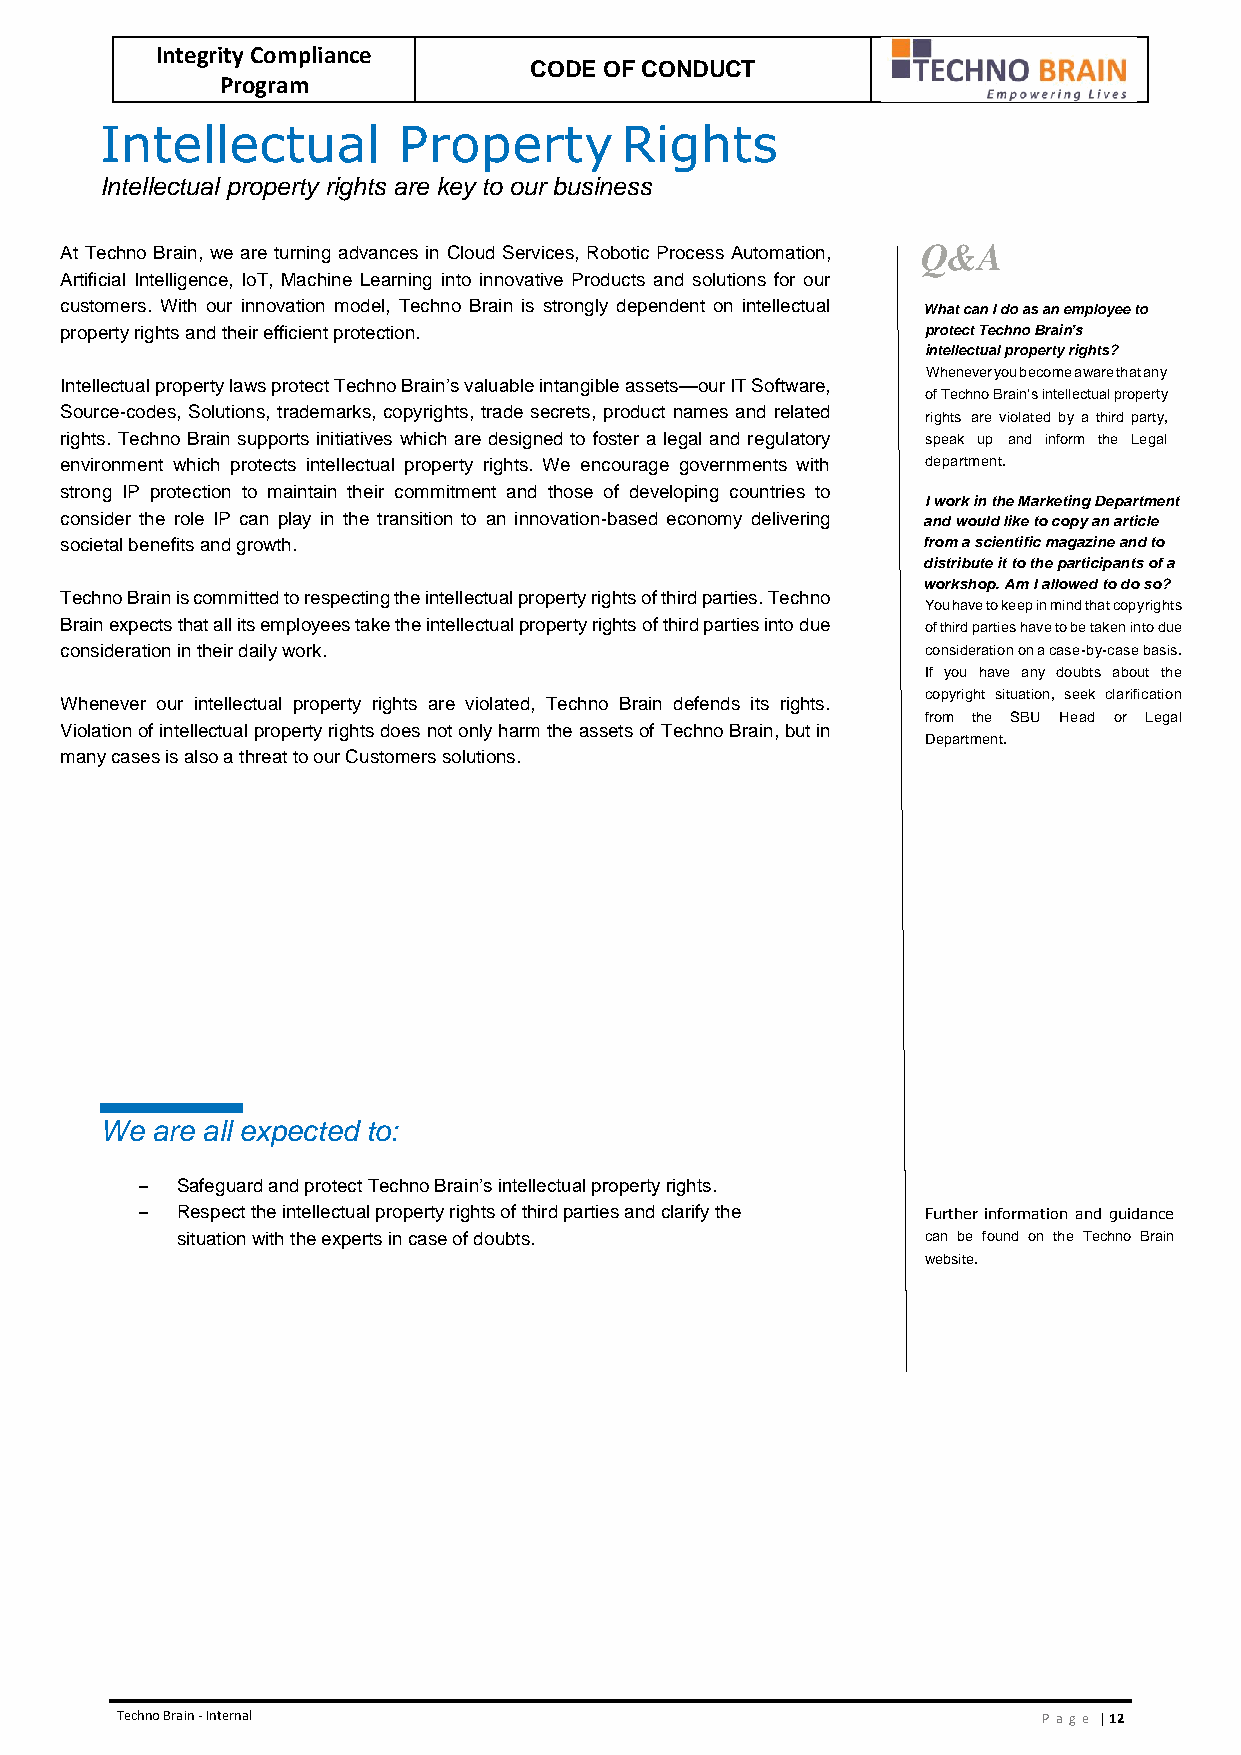
Integrity Compliance
 CODE OF CONDUCT
 Program
 Intellectual       Property       Rights
 Intellectual property rights are key to our business
 At Techno Brain, we are turning advances in Cloud Services, Robotic Process Automation, Q&A
 Artificial Intelligence, IoT, Machine Learning into innovative Products and solutions for our
 customers. With our innovation model, Techno Brain is strongly dependent on intellectual What can I do as an employee to
 property rights and their efficient protection.          protect Techno Brain’s
 intellectual property rights?
 Whenever you become aware that any
 Intellectual property laws protect Techno Brain’s valuable intangible assets—our IT Software,
 of Techno Brain’s intellectual property
 Source-codes, Solutions, trademarks, copyrights, trade secrets, product names and related
 rights are violated by a third party,
 rights. Techno Brain supports initiatives which are designed to foster a legal and regulatory speak up and inform the Legal
 environment which protects intellectual property rights. We encourage governments with department.
 strong IP protection to maintain their commitment and those of developing countries to
 I work in the Marketing Department
 consider the role IP can play in the transition to an innovation-based economy delivering and would like to copy an article
 societal benefits and growth.                            from a scientific magazine and to
 distribute it to the participants of a
 workshop. Am I allowed to do so?
 Techno Brain is committed to respecting the intellectual property rights of third parties. Techno
 You have to keep in mind that copyrights
 Brain expects that all its employees take the intellectual property rights of third parties into due of third parties have to be taken into due
 consideration in their daily work.                       consideration on a case-by-case basis.
 If you have any doubts about the
 copyright situation, seek clarification
 Whenever our intellectual property rights are violated, Techno Brain defends its rights.
 from the SBU Head or Legal
 Violation of intellectual property rights does not only harm the assets of Techno Brain, but in
 Department.
 many cases is also a threat to our Customers solutions.
 We are all expected to:
 –  Safeguard and protect Techno Brain’s intellectual property rights.
 –  Respect the intellectual property rights of third parties and clarify the Further information and guidance
 situation with the experts in case of doubts.    can be found on the Techno Brain
 website.
 Techno Brain - Internal                                      Pa ge | 12